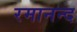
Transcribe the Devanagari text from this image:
रमानन्द